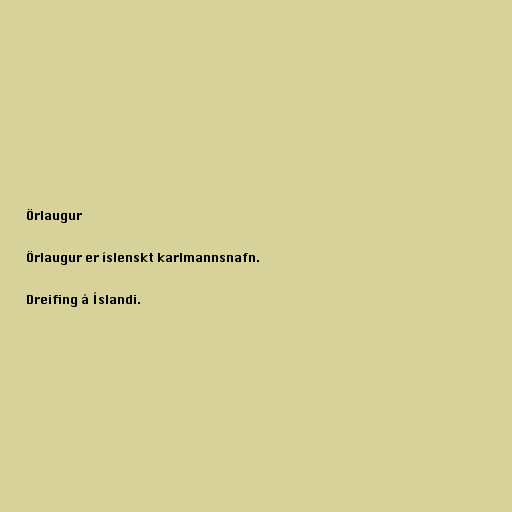
Örlaugur

Örlaugur er íslenskt karlmannsnafn.

Dreifing á Íslandi.